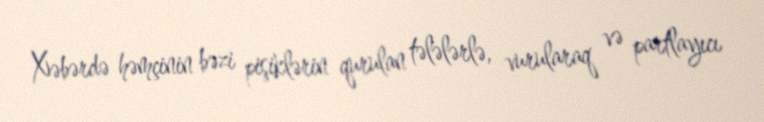
Xəbərdə həmçinin bəzi pişiklərin qurulan tələlərlə, vurularaq və partlayıcı